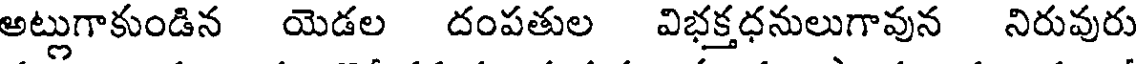
అట్లుగాకుండిన యెడల దంపతుల విభక్తధనులుగావున నిరువురు